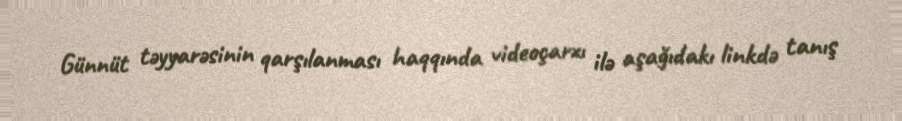
Günnüt təyyarəsinin qarşılanması haqqında videoçarxı ilə aşağıdakı linkdə tanış